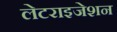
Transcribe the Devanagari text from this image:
लेटराइजेशन